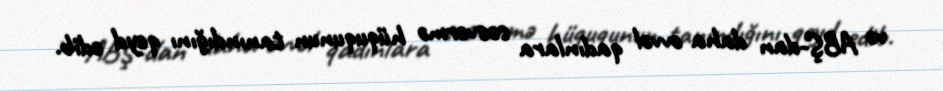
və ABŞ-dan daha əvvəl qadınlara səsvermə hüququnun tanındığını qeyd edib.